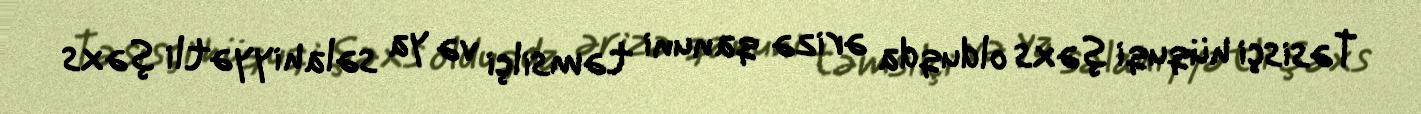
Təsisçi hüquqi şəxs olduqda ərizə qanuni təmsilçi və ya səlahiyyətli şəxs